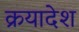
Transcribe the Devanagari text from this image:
क्रयादेश